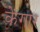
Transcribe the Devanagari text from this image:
केंगार